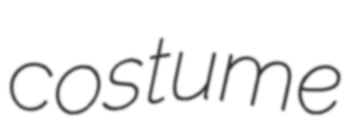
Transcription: costume